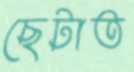
ছেটাত